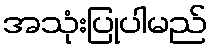
အသုံးပြုပါမည်